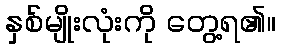
နှစ်မျိုးလုံးကို တွေ့ရ၏။